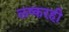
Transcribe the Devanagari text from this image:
लष्करही